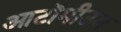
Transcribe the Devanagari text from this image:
आटॉमीउम